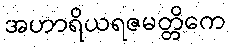
အဟာရိယရဇမတ္တိကေ